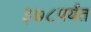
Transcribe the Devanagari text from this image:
३७८पर्यंत